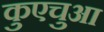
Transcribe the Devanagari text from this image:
कुएचुआ